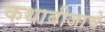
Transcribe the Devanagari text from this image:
कथाबीजाचे